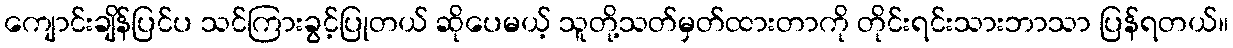
ကျောင်းချိန်ပြင်ပ သင်ကြားခွင့်ပြုတယ် ဆိုပေမယ့် သူတို့သတ်မှတ်ထားတာကို တိုင်းရင်းသားဘာသာ ပြန်ရတယ်။